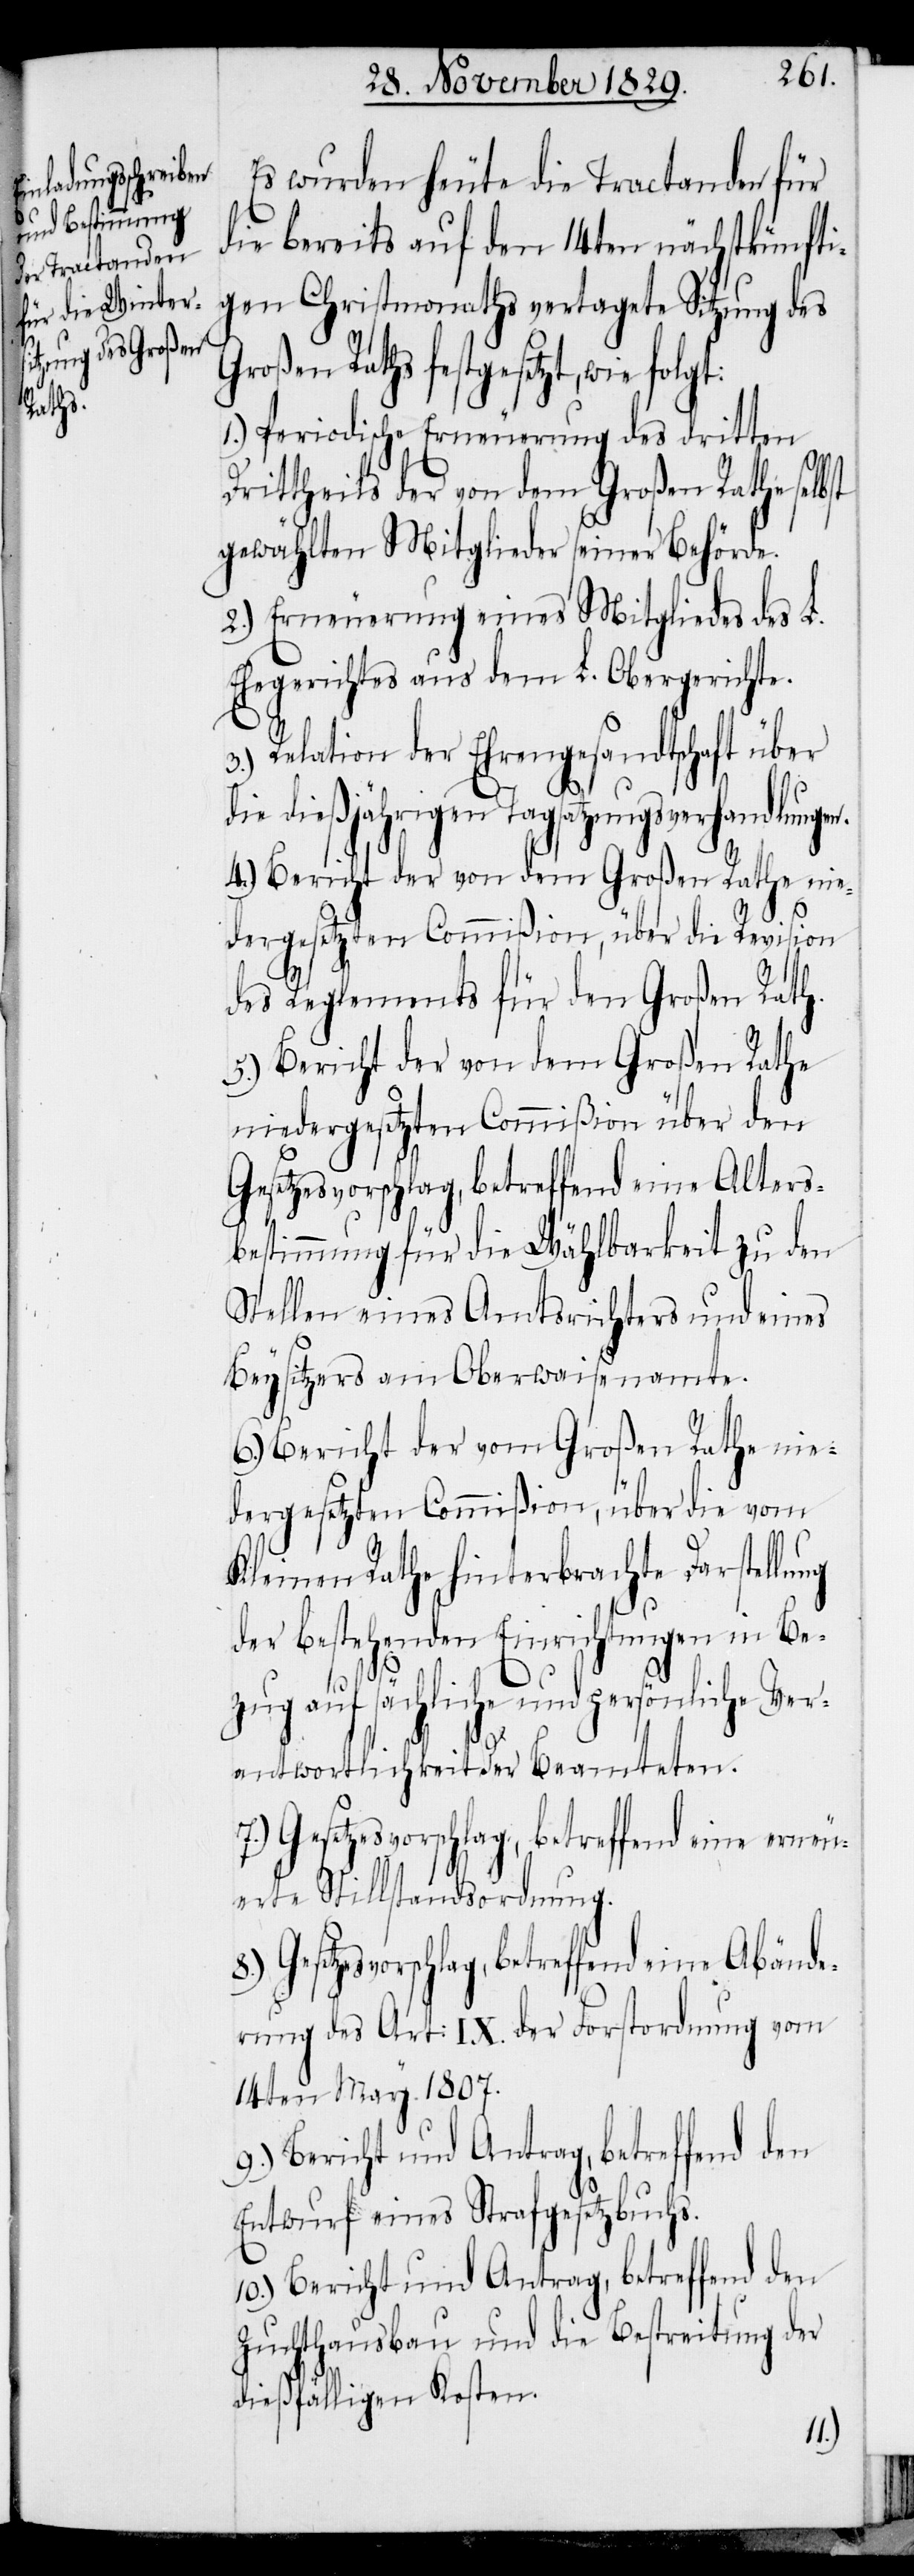
Es wurden heute die Tractanden für
die bereits auf den 14ten nächstkünfti¬
gen Christmonaths vertagete Sitzung des
Großen Raths festgesetzt, wie folg¬
1.) Periodische Erneuerung des dritten
Drittheils der von dem Großen Rathe selbst
gewählten Mitglieder seiner Behörde.
2.) Erneuerung eines Mitgliedes des L.
Ehegerichtes aus dem L. Obergerichte.
3.) Relation der Ehrengesandtschaft über
die dießjährigen Tagsatzungsverhandlungen.
4.) Bericht der von dem Großen Rathe nie¬
dergesetzten Commißion, über die Revision
des Reglements für den Großen Rath.
5.) Bericht der von dem Großen Rathe
niedergesetzten Commißion über den
Gesetzesvorschlag, betreffend eine Alters¬
bestimmung für die Wählbarkeit zu den
Stellen eines Amtsrichters und eines
Beysitzers am Oberwaisenamte.
6.) Bericht der vom Großen Rathe nie¬
dergesetzten Commißion, über die vom
Kleinen Rathe hinterbrachte Darstellung
der bestehenden Einrichtungen in Be¬
zug auf sächliche und persönliche Ver¬
antwortlichkeit der Beamteten.
8.) Gesetzesvorschlag, betreffend eine Abände¬
erte Stillstandsordnung.
rung des Art: IX. der Forstordnung vom
14ten May 1807.
Entwurf eines Strafgesetzbuchs.
10.) Bericht und Antrag, betreffend den
der
Zuchthausbau und die Bestreitung
dießfälligen Kosten.
t: